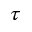
_ \tau